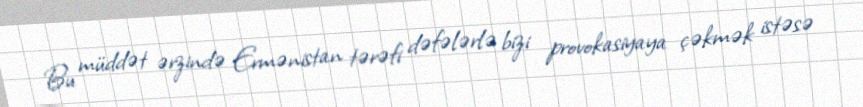
Bu müddət ərzində Ermənistan tərəfi dəfələrlə bizi provokasiyaya çəkmək istəsə